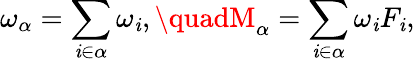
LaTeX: \omega_{\alpha}=\sum_{\mathit{i}\in\alpha}\omega_{\mathit{i}},\quadM_{\alpha}=\sum_{\mathit{i}\in\alpha}\omega_{\mathit{i}}F_{\mathit{i}},